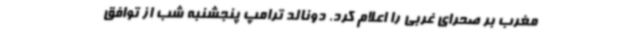
مغرب بر صحرای غربی را اعلام کرد. دونالد ترامپ پنجشنبه شب از توافق